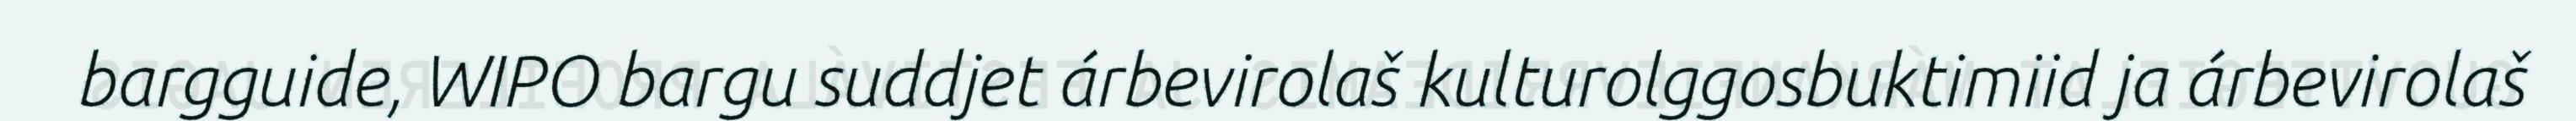
bargguide, WIPO bargu suddjet árbevirolaš kulturolggosbuktimiid ja árbevirolaš